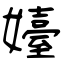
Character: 嬯